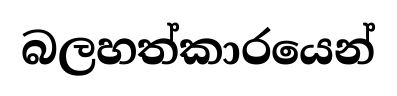
බලහත්කාරයෙන්